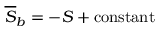
\overline { { S } } _ { b } = - S + \mathrm { c o n s t a n t }